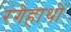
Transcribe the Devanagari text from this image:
रंगेहाथों